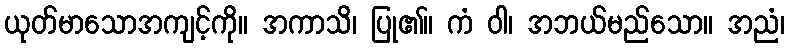
ယုတ်မာသောအကျင့်ကို။ အကာသိ၊ ပြု၏။ ကံ ဝါ၊ အဘယ်မည်သော။ အညံ၊